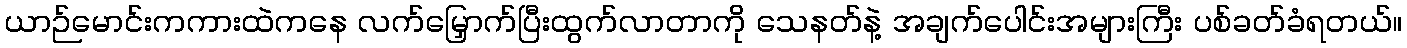
ယာဉ်မောင်းကကားထဲကနေ လက်မြှောက်ပြီးထွက်လာတာကို သေနတ်နဲ့ အချက်ပေါင်းအများကြီး ပစ်ခတ်ခံရတယ်။